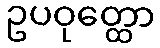
ဥပဝုတ္ထော